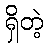
ရှိတဲ့